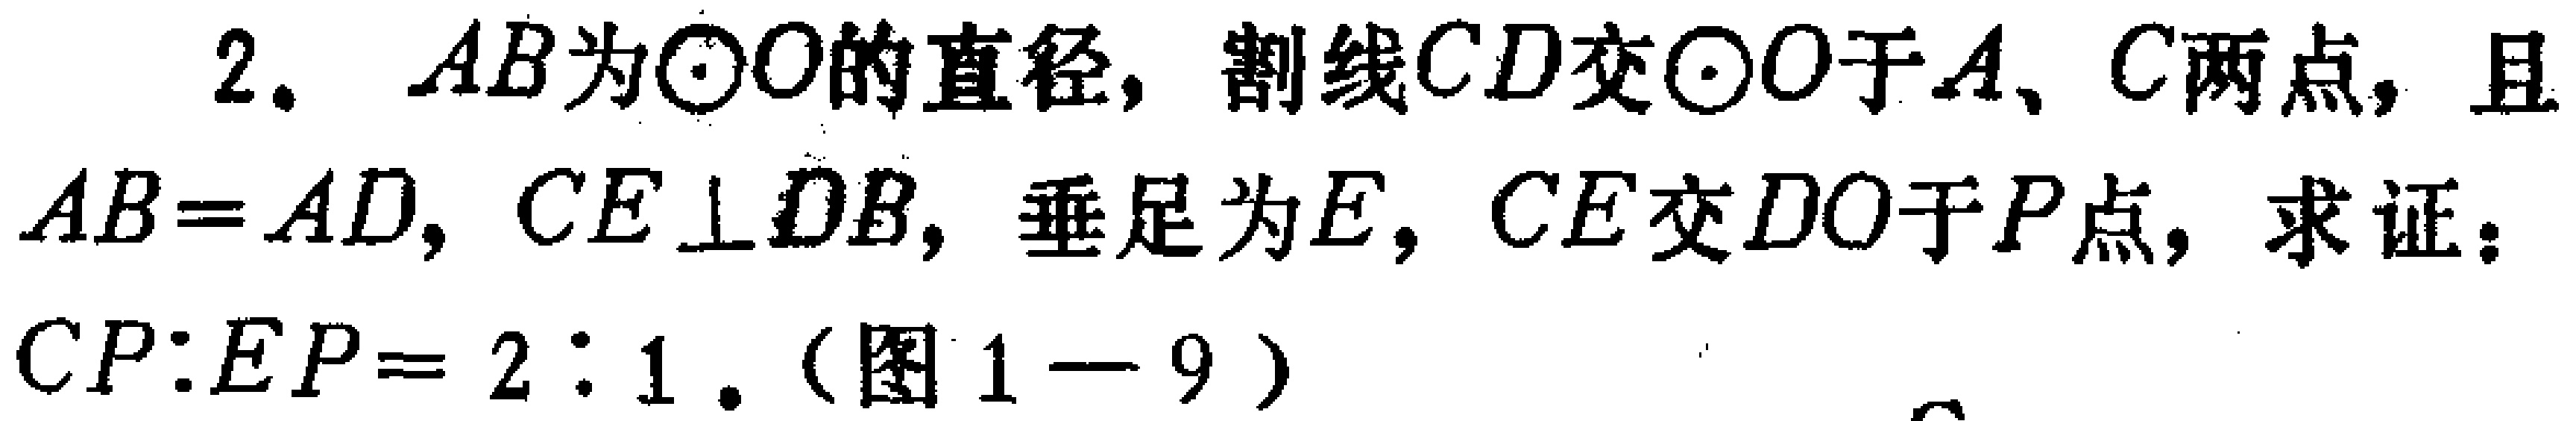
2. $AB$为$\odot O$的直径，割线$CD$交$\odot O$于$A$、$C$两点，且$AB = AD$，$CE\perp DB$，垂足为$E$，$CE$交$DO$于$P$点，求证：$CP:EP = 2:1$.（图1—9）